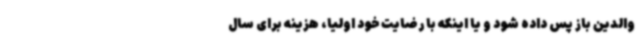
والدین باز پس داده شود و یا اینکه با رضایت خود اولیا، هزینه برای سال